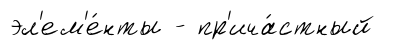
эл'ем'е́нты - пр'ича́стный